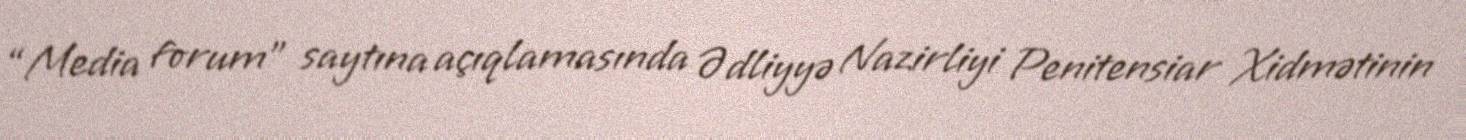
“Media forum” saytına açıqlamasında Ədliyyə Nazirliyi Penitensiar Xidmətinin